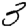
Digit: 3